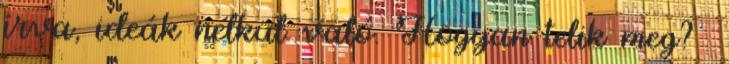
írva, ideák nélkül való. Hogyan telik meg?